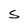
Character: S